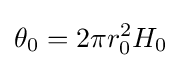
\theta _{0}=2\pi r_{0}^{2}H_{0}